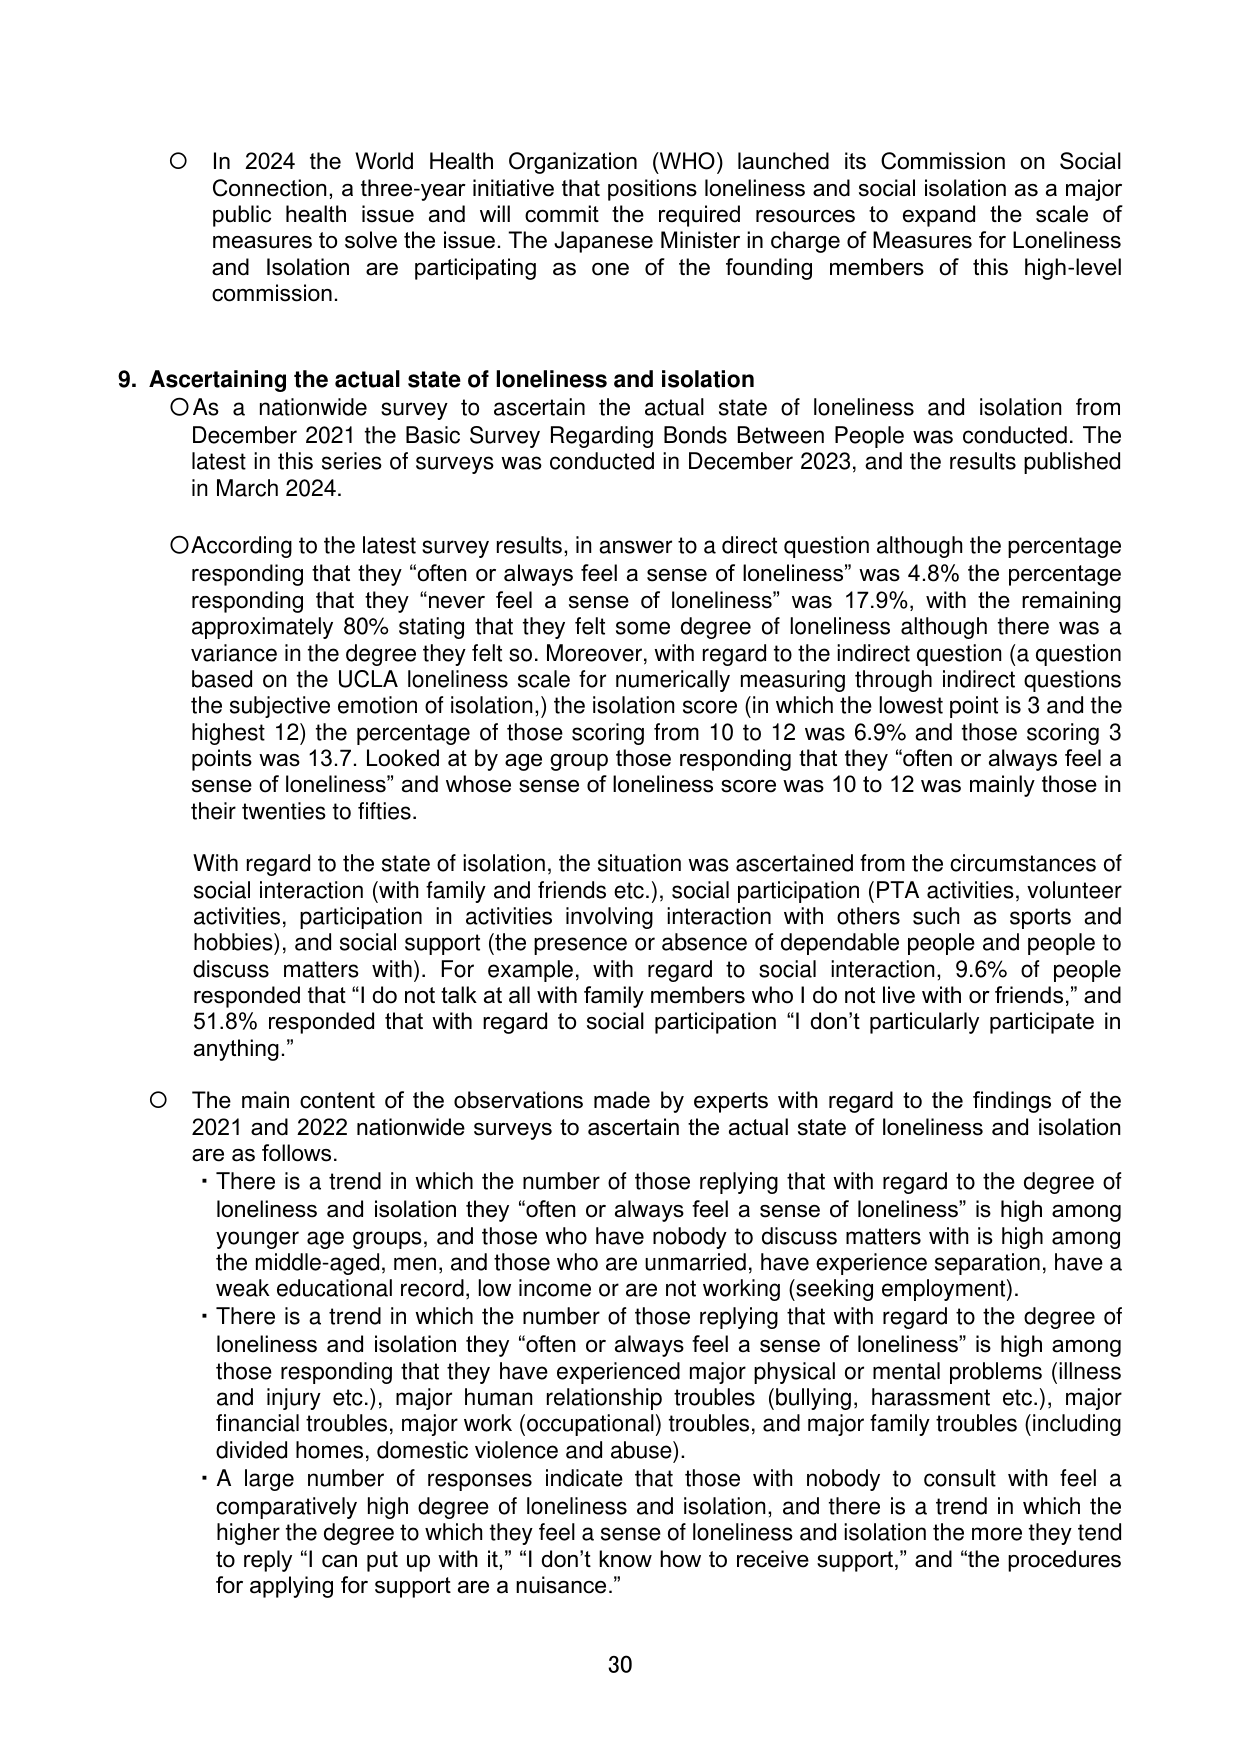
○ In 2024 the World Health Organization (WHO) launched its Commission on Social Connection, a three-year initiative that positions loneliness and social isolation as a major public health issue and will commit the required resources to expand the scale of measures to solve the issue. The Japanese Minister in charge of Measures for Loneliness and Isolation are participating as one of the founding members of this high-level commission.

9. Ascertaining the actual state of loneliness and isolation
○ As a nationwide survey to ascertain the actual state of loneliness and isolation from December 2021 the Basic Survey Regarding Bonds Between People was conducted. The latest in this series of surveys was conducted in December 2023, and the results published in March 2024.

○ According to the latest survey results, in answer to a direct question although the percentage responding that they “often or always feel a sense of loneliness” was 4.8% the percentage responding that they “never feel a sense of loneliness” was 17.9%, with the remaining approximately 80% stating that they felt some degree of loneliness although there was a variance in the degree they felt so. Moreover, with regard to the indirect question (a question based on the UCLA loneliness scale for numerically measuring through indirect questions the subjective emotion of isolation,) the isolation score (in which the lowest point is 3 and the highest 12) the percentage of those scoring from 10 to 12 was 6.9% and those scoring 3 points was 13.7. Looked at by age group those responding that they “often or always feel a sense of loneliness” and whose sense of loneliness score was 10 to 12 was mainly those in their twenties to fifties.

With regard to the state of isolation, the situation was ascertained from the circumstances of social interaction (with family and friends etc.), social participation (PTA activities, volunteer activities, participation in activities involving interaction with others such as sports and hobbies), and social support (the presence or absence of dependable people and people to discuss matters with). For example, with regard to social interaction, 9.6% of people responded that “I do not talk at all with family members who I do not live with or friends,” and 51.8% responded that with regard to social participation “I don’t particularly participate in anything.”

○ The main content of the observations made by experts with regard to the findings of the 2021 and 2022 nationwide surveys to ascertain the actual state of loneliness and isolation are as follows.
• There is a trend in which the number of those replying that with regard to the degree of loneliness and isolation they “often or always feel a sense of loneliness” is high among younger age groups, and those who have nobody to discuss matters with is high among the middle-aged, men, and those who are unmarried, have experience separation, have a weak educational record, low income or are not working (seeking employment).
• There is a trend in which the number of those replying that with regard to the degree of loneliness and isolation they “often or always feel a sense of loneliness” is high among those responding that they have experienced major physical or mental problems (illness and injury etc.), major human relationship troubles (bullying, harassment etc.), major financial troubles, major work (occupational) troubles, and major family troubles (including divided homes, domestic violence and abuse).
• A large number of responses indicate that those with nobody to consult with feel a comparatively high degree of loneliness and isolation, and there is a trend in which the higher the degree to which they feel a sense of loneliness and isolation the more they tend to reply “I can put up with it,” “I don’t know how to receive support,” and “the procedures for applying for support are a nuisance.”

30